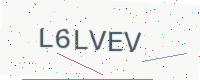
Text: L6LVEV